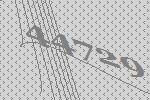
44729